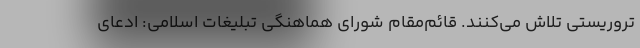
تروریستی تلاش می‌کنند. قائم‌مقام شورای هماهنگی تبلیغات اسلامی: ادعای